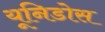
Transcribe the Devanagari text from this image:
यूनिडोस